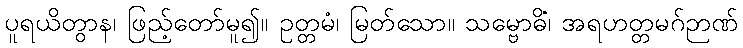
ပူရယိတွာန၊ ဖြည့်တော်မူ၍။ ဥတ္တမံ၊ မြတ်သော။ သမ္ဗောဓိံ၊ အရဟတ္တမဂ်ဉာဏ်